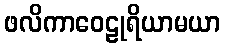
ဖလိကာဝေဠုရိယာမယာ